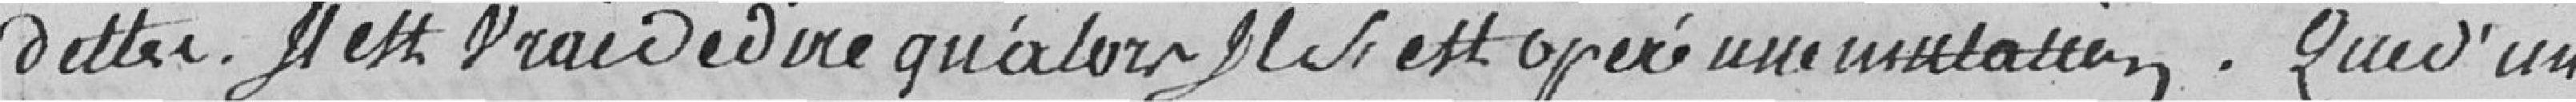
dettes. Il est vrai de dire qu'alors s'est opéré une mutation. Que d'un